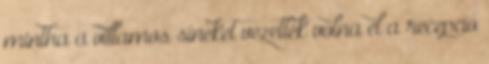
mintha a villamos síneket vezették volna el a recepció